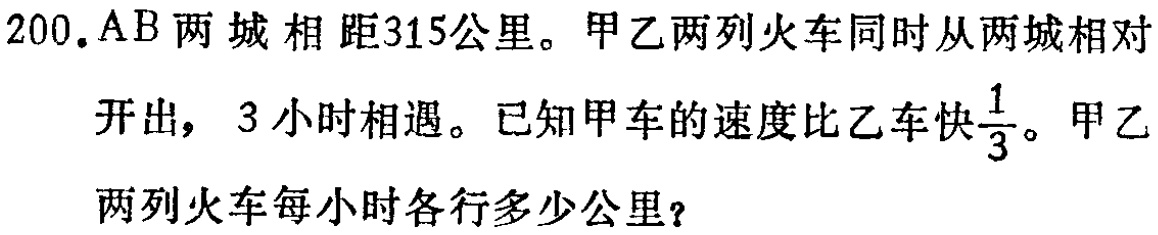
200. \(AB\)两城相距315公里。甲乙两列火车同时从两城相对开出，3小时相遇。已知甲车的速度比乙车快\(\frac{1}{3}\)。甲乙两列火车每小时各行多少公里？